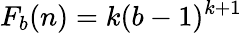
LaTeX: F_{b}(n)=k(b-1)^{k+1}